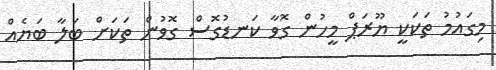
މިގައުމު ތަކަކީ ޔޫރަޕް މީހުން ގޮވާ ކަނޑުގޮސް ގޮވުން ތަކަށް ބަލާ ބަޔެއް